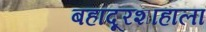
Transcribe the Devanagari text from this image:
बहादूरशाहाला